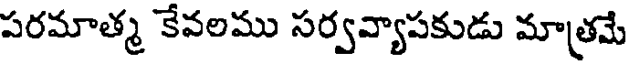
పరమాత్మ కేవలము సర్వవ్యాపకుడు మాత్రమే